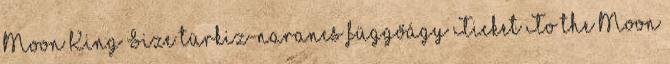
Moon King Size türkiz-narancs függőágy Ticket To the Moon